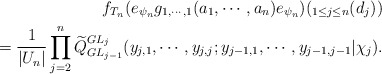
\begin{align*} f_{T_n}(e_{\psi_n}g_{1,\cdots, 1}(a_1,\cdots,a_n)e_{\psi_n})(_{1\leq j\leq n}(d_j)) \\ =\frac{1}{|U_n|}\prod_{j=2}^{n}\widetilde{Q}_{GL_{j-1}}^{GL_j}(y_{j,1},\cdots,y_{j,j};y_{j-1,1},\cdots, y_{j-1,j-1}|\chi_{j}).\end{align*}